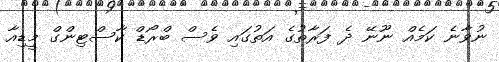
ނުވާނެ ކަމެއް ނޫނޭ ދެ ފަރާތުގެ އަތުގައި ވެސް ބްރޯޑް ކާސްޓިންގް މީޑިއާ